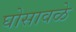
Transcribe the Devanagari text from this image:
घोसावळे